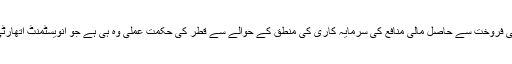
عالمی منڈی میں گیس کی فروخت سے حاصل مالی منافع کی سرمایہ کاری کی منطق کے حوالے سے قطر کی حکمت عملی وہ ہی ہے جو انویسٹمنٹ اتھارٹی کے قیام سے قبل تھی۔